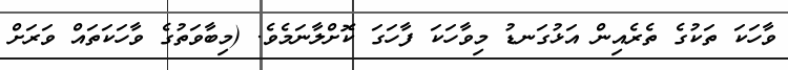
ވާހަކަ ތަކުގެ ތެރެއިން އަޅުގަނޑު މިވާހަކަ ފާހަގަ ކޮށްލާނަމެވެ. (މިބާވަތުގެ ވާހަކަތައް ވަރަށް